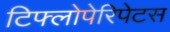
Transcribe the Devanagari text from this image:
टिफ्लोपेरिपेटस